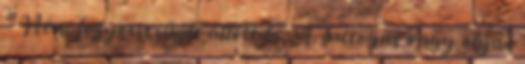
" Némi fegyverszünet állott be. A suttogás vagy olyan